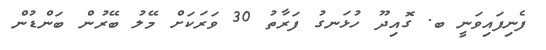
ފެނިފައިވަނީ ބ. ގޮއިދޫ ހުޅަނގު ފަރާތު 30 ވަރަކަށް މޭލު ބޭރުން ބަންޑުން